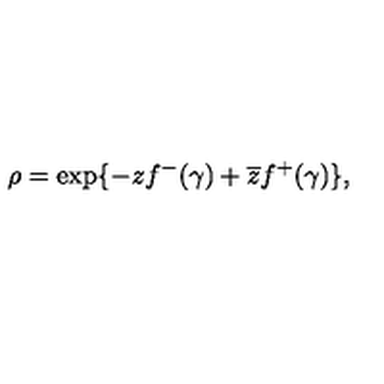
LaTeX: \rho = \exp \{ - z f ^ { - } ( \gamma ) + \overline { { z } } f ^ { + } ( \gamma ) \} ,